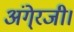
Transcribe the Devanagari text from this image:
अंगे्रजी।